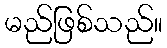
မည်ဖြစ်သည်။